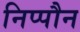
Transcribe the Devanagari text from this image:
निप्पौन